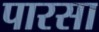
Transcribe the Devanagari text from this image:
पारसा